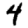
Digit: 4